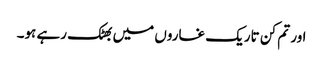
اور تم کن تاریک غاروں میں بھٹک رہے ہو۔